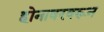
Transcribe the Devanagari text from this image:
होनावरवरून